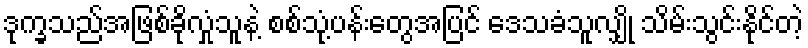
ဒုက္ခသည်အဖြစ်ခိုလှုံသူနဲ့ စစ်သုံ့ပန်းတွေအပြင် ဒေသခံသူလျှို သိမ်းသွင်းနိုင်တဲ့